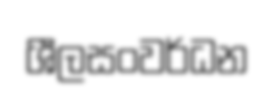
ශීලසංවර්ධන